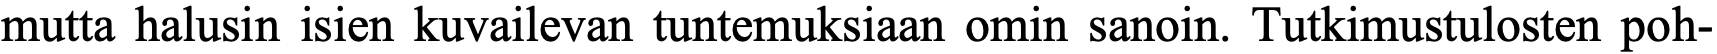
mutta halusin isien kuvailevan tuntemuksiaan omin sanoin. Tutkimustulosten poh-